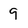
Character: 9